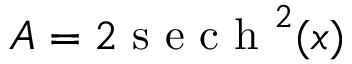
A = 2 \mathrm { ~ s ~ e ~ c ~ h ~ } ^ { 2 } ( x )